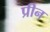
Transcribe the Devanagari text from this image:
प्रीन